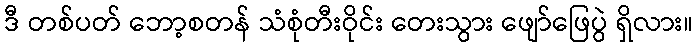
ဒီ တစ်ပတ် ဘော့စတန် သံစုံတီးဝိုင်း တေးသွား ဖျော်ဖြေပွဲ ရှိလား။